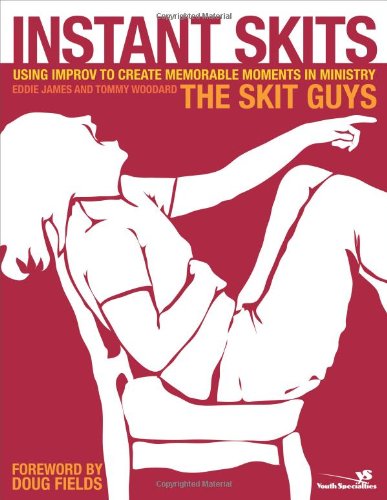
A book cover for Instant Skits: Using Improv to Create Memorable Moments in Ministry (Youth Specialties); The Skit Guys; Literature & Fiction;